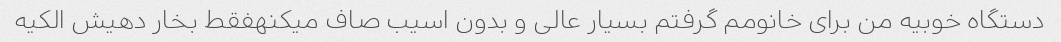
دستگاه خوبیه من برای خانومم گرفتم بسیار عالی و بدون اسیب صاف میکنهفقط بخار دهیش الکیه